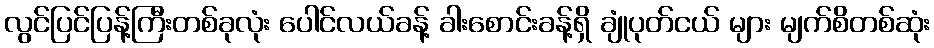
လွင်ပြင်ပြန့်ကြီးတစ်ခုလုံး ပေါင်လယ်ခန့် ခါးစောင်းခန့်ရှိ ချုံပုတ်ငယ် များ မျက်စိတစ်ဆုံး